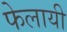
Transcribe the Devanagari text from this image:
फेलायी